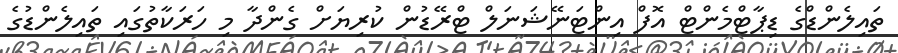
ތައިލެންޑްގެ ޑިޕާޓްމެންޓް އޮފް އިންޓަނޭޝަނަލް ޓްރޭޑުން ކުރިޔަށް ގެންދާ މި ހަރަކާތުގައި ތައިލެންޑުގެ